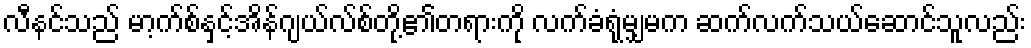
လီနင်သည် မာ့က်စ်နှင့်အိန်ဂျယ်လ်စ်တို့၏တရားကို လက်ခံရုံမျှမက ဆက်လက်သယ်ဆောင်သူလည်း